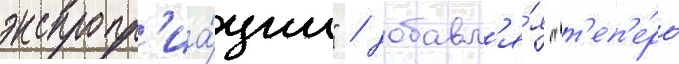
экспропр'иа́ции" / добавл'я́я "т'еп'е́рь